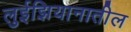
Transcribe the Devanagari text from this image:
लुईझियानातील